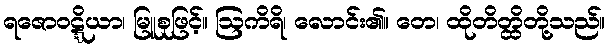
ရဇောဝဋ္ဋိယာ၊ မြူစုဖြင့်။ ဩကိရိ၊ လောင်း၏။ တေ၊ ထိုတိတ္ထိတို့သည်။